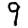
Digit: 9